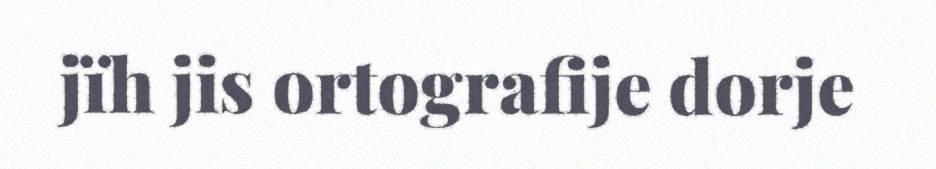
jïh jis ortografije dorje